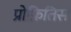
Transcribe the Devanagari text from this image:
प्रोफ़ितिस